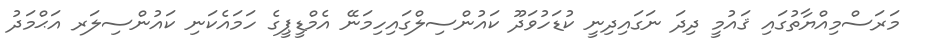
މަރަސްމިއްޔާތުގައި ޤައުމީ ދިދަ ނަގައިދިނީ ކުޑަހުވަދޫ ކައުންސިލްގައިހިމަނޭ އެމްޑީޕީގެ ހަމައެކަނި ކައުންސިލަރ އަޙްމަދު